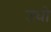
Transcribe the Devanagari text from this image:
उधो